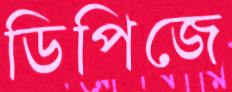
ডিপিজে